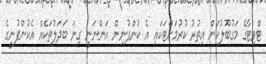
ޓްވިޓާގެ މަގުބޫލުކަން އިތުރު ކުރުމަށްޓަކައި އެ ކުންފުނިން އަންނަނީ ގިނަ ބަދަލުތަކެއް އެކުންފުނީގެ